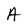
Character: A